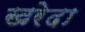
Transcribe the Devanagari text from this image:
खरेदा